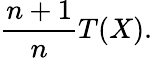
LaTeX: {\frac{n+1}{n}}T(X).